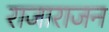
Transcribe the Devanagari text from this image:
राजाराजन